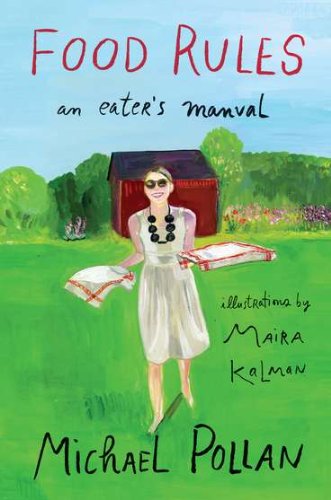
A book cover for Food Rules: An Eater's Manual; Michael Pollan; Cookbooks, Food & Wine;